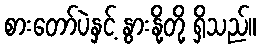
စားတော်ပဲနှင့် နွားနို့တို့ ရှိသည်။